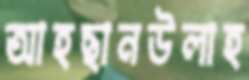
আহছানউলাহ